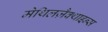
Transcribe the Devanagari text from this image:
मेथिलज़ैक्थाइन्स